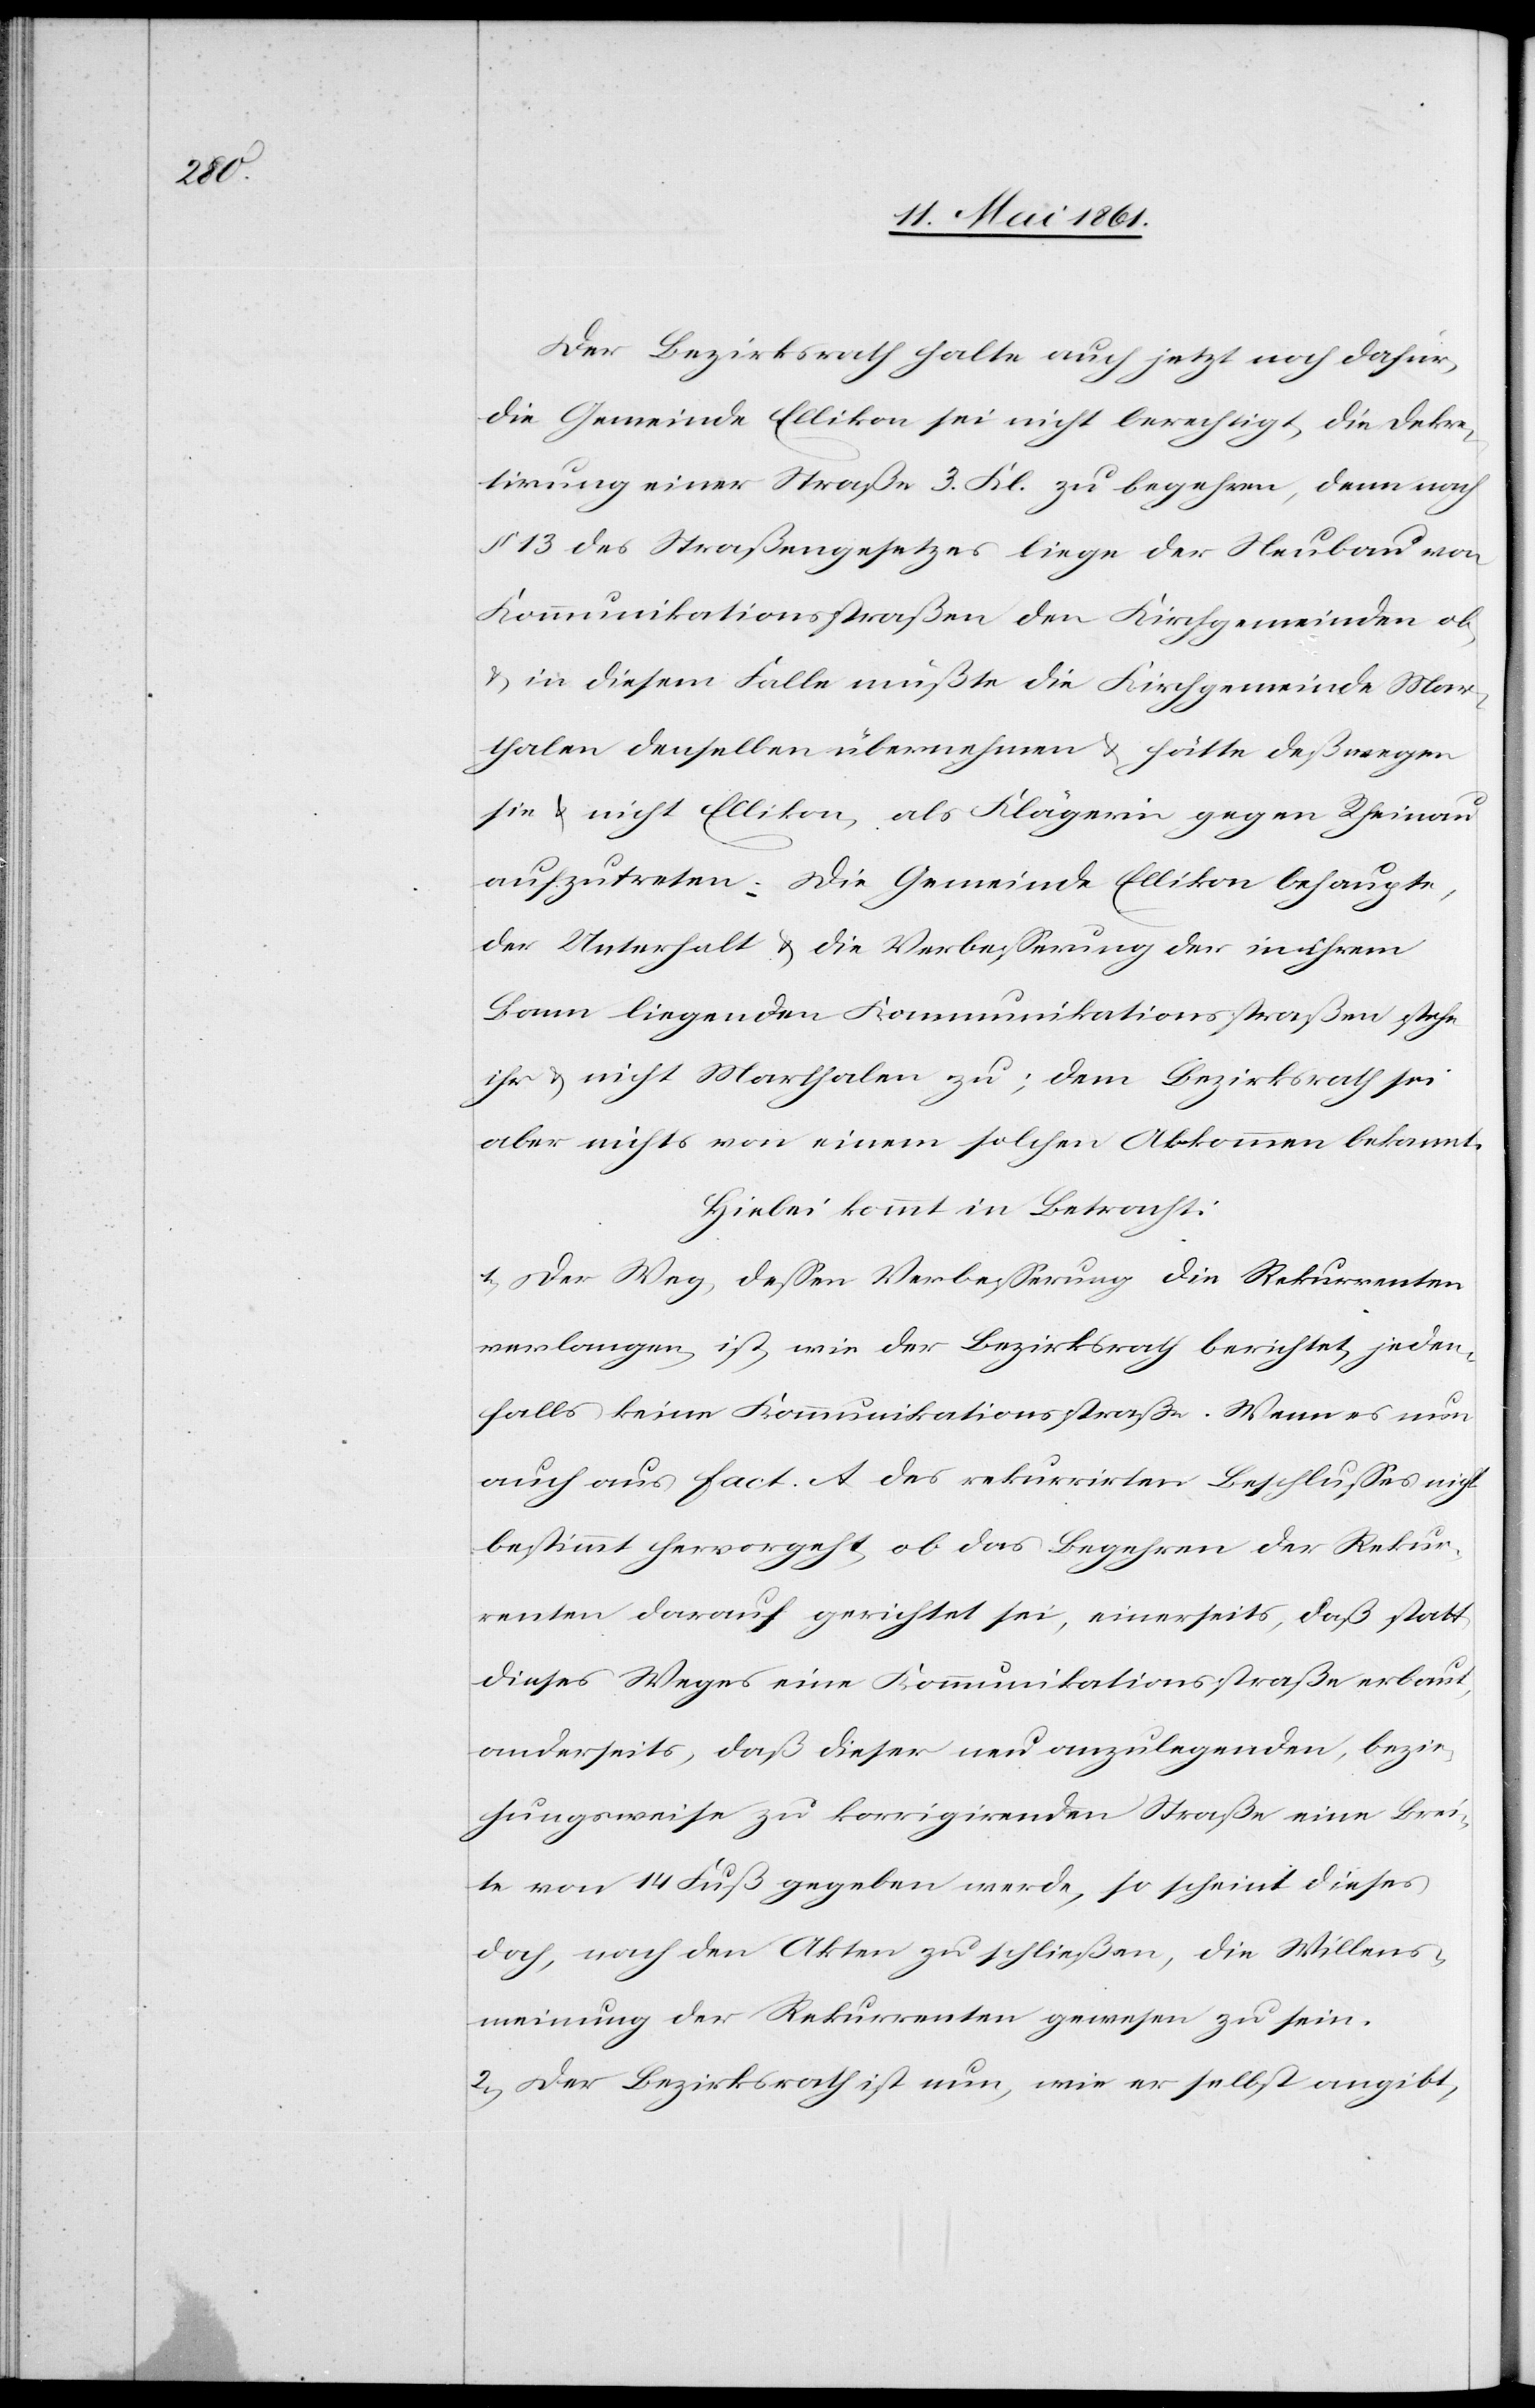
Der Bezirksrath halte auch jetzt noch dafür,
die Gemeinde Ellikon sei nicht berechtigt, die Dekre¬
tirung einer Straße 3. Kl. zu begehren, denn nach
§ 13 des Straßengesetzes liege der Neubau von
Kommunikationsstraßen den Kirchgemeinden ob
u. in diesem Falle müßte die Kirchgemeinde Mar¬
thalen denselben übernehmen u. hätte deßwegen
sie u. nicht Ellikon, als Klägerin gegen Rheinau
aufzutreten. Die Gemeinde Ellikon behaupte,
der Unterhalt u. die Verbesserung der in ihrem
Bann liegenden Kommunikationsstraßen stehe
ihr u. nicht Marthalen zu; dem Bezirksrath sei
aber nichts von einem solchen Abkommen bekannt.
Hiebei kommt in Betracht:
1) Der Weg, dessen Verbesserung die Rekurrenten
verlangen, ist, wie der Bezirksrath berichtet, jeden¬
falls keine Kommunikationsstraße. Wenn es nun
auch aus fact. A. des rekurrirten Beschlusses nicht
bestimmt hervorgeht, ob das Begehren der Rekur¬
renten darauf gerichtet sei, einerseits, daß statt
dieses Weges eine Kommunikationsstraße erbaut,
anderseits, daß dieser neu anzulegenden, bezie¬
hungsweise zu korrigirenden Straße eine Brei¬
te von 14 Fuß gegeben werde, so scheint dieses
doch, nach den Akten zu schließen, die Willens¬
meinung der Rekurrenten gewesen zu sein.
2) Der Bezirksrath ist nun, wie er selbst angibt,